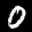
Label: 0